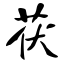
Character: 茯